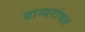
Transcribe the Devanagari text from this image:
वाग्वरांचल